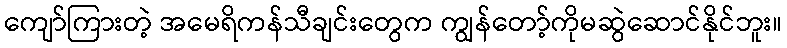
ကျော်ကြားတဲ့ အမေရိကန်သီချင်းတွေက ကျွန်တော့်ကိုမဆွဲဆောင်နိုင်ဘူး။